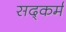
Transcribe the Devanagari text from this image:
सद्कर्म